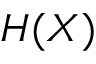
H ( X )